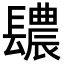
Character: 𨲳